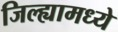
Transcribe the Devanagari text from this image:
जिल्‍ह्यामध्‍ये